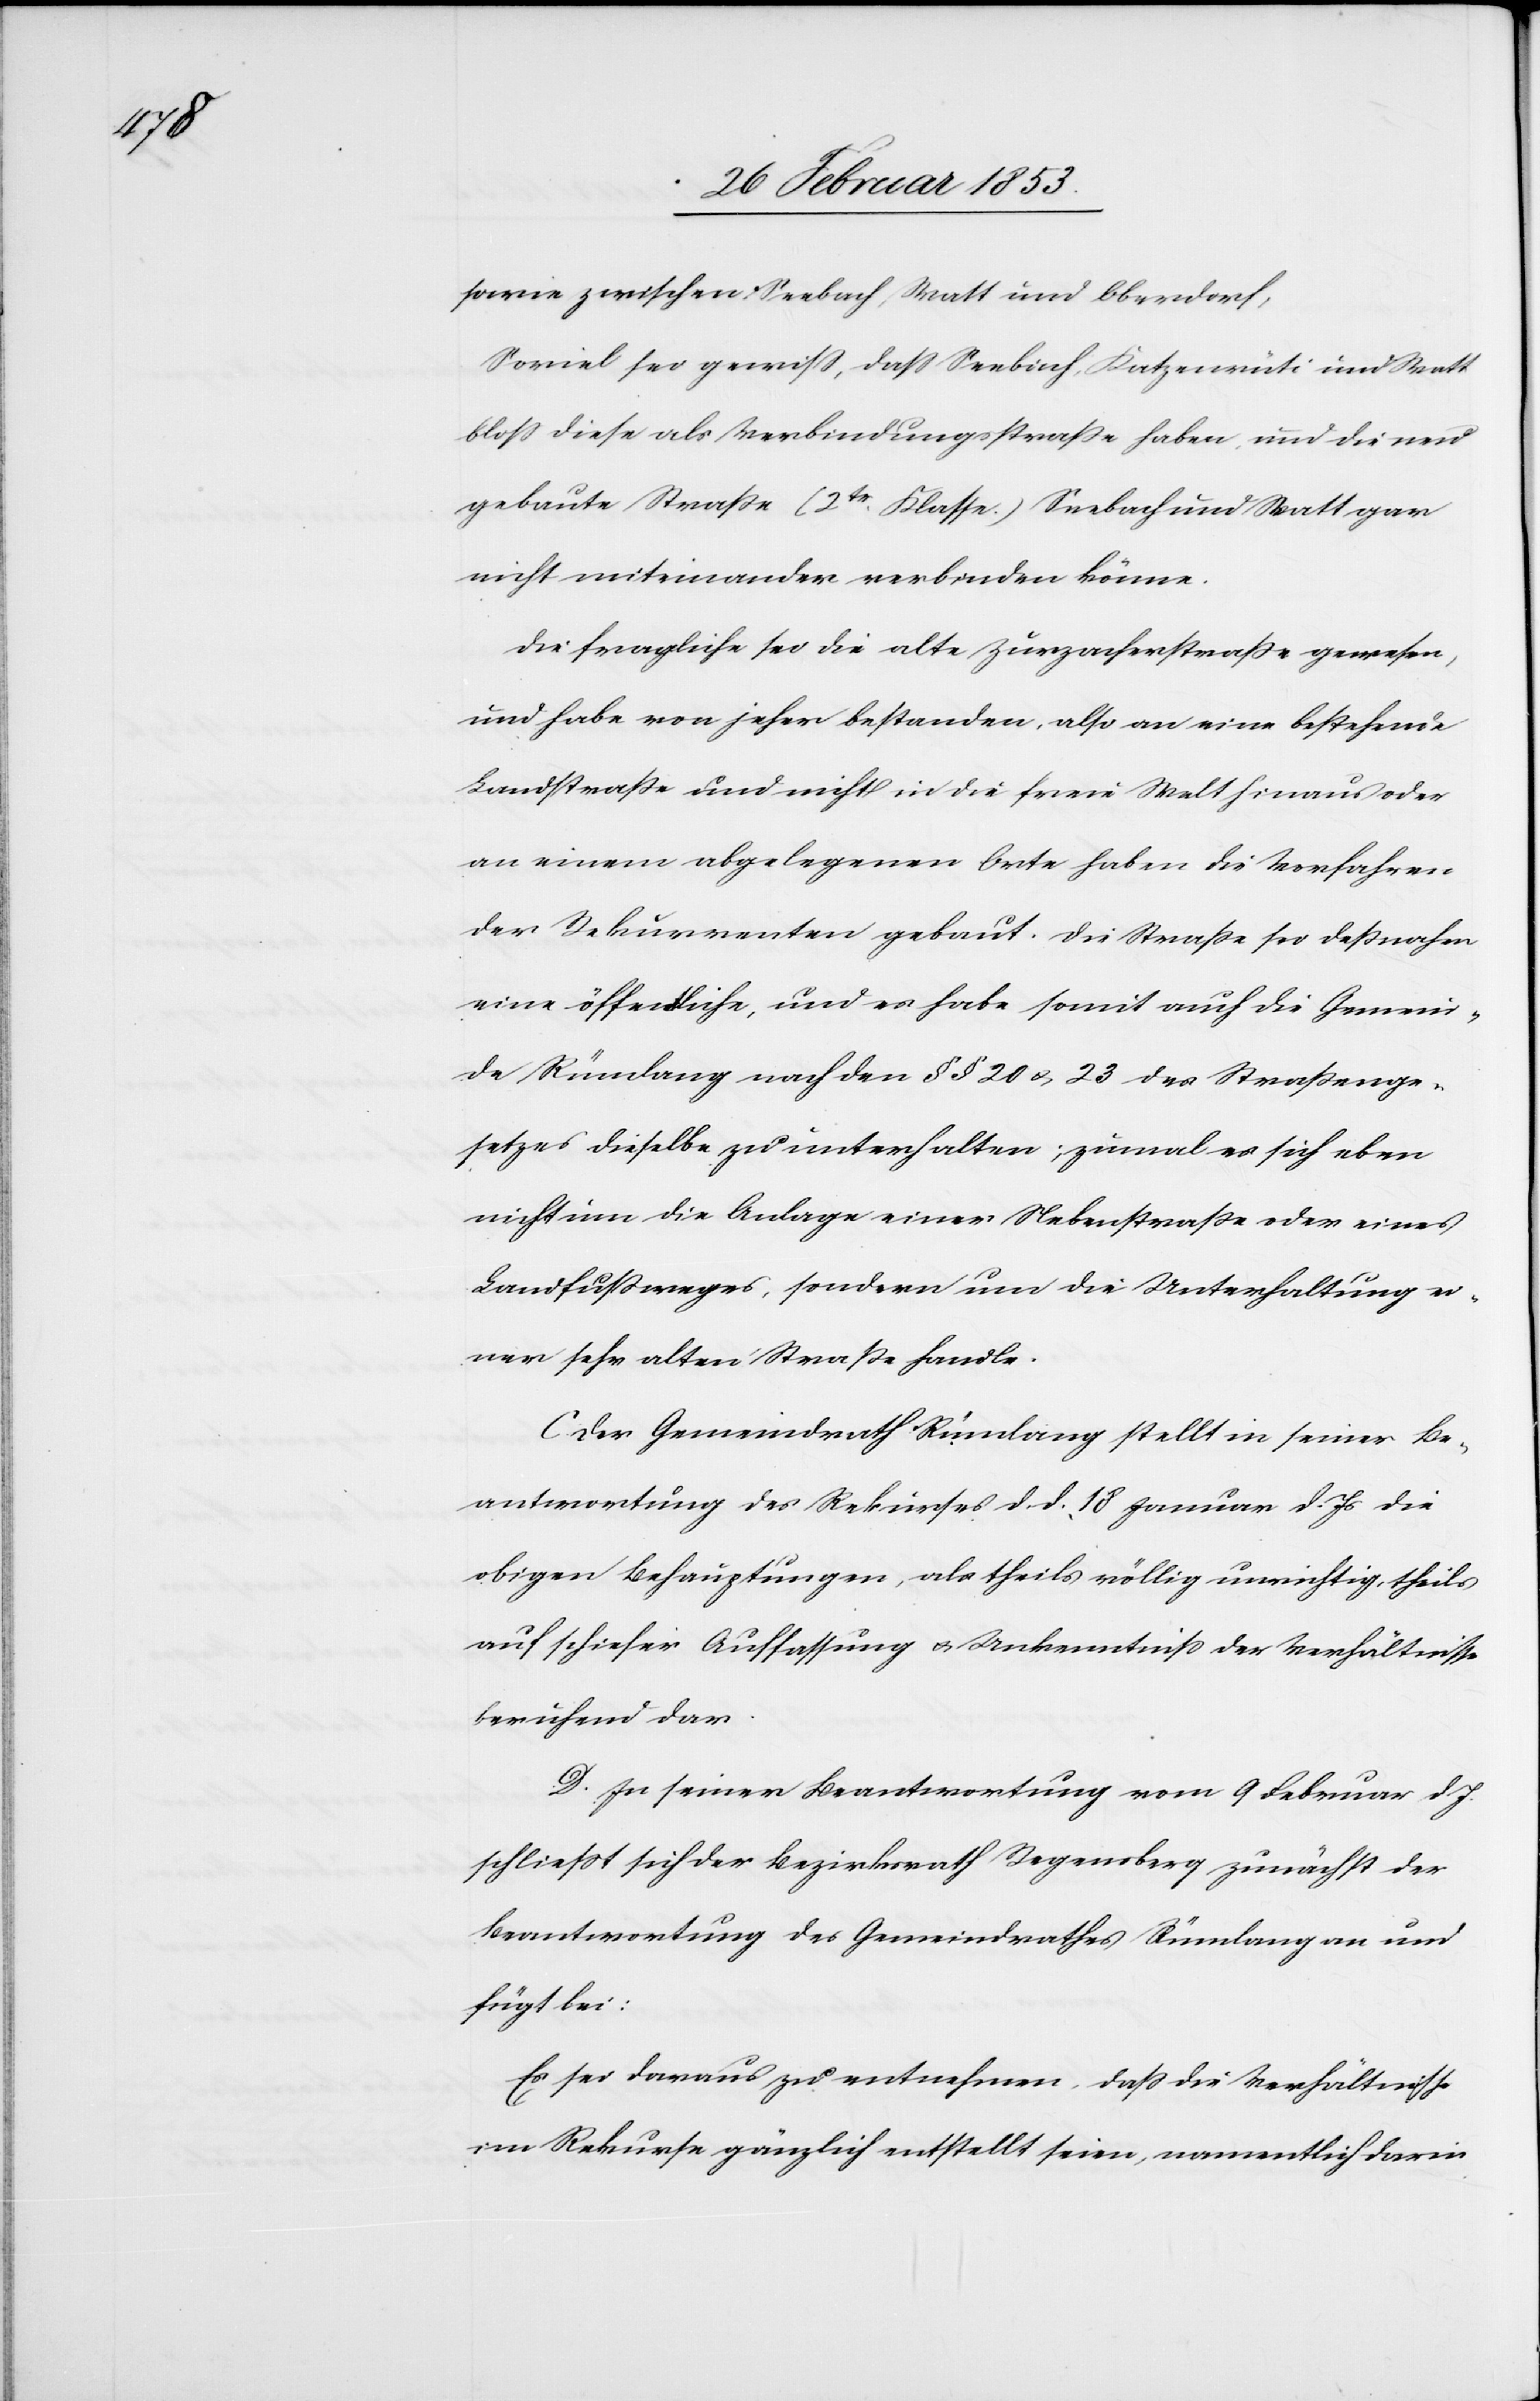
sowie zwischen Seebach, Watt und Oberdorf,
Soviel sei gewiß, daß Seebach, Katzenrüti und Watt
bloß diese als Verbindungsstraße haben, und die neu
gebaute Straße (2tr. Klasse) Seebach und Watt gar
nicht miteinander verbinden könne.
Die fragliche sei die alte Zurzacherstraße gewesen,
und habe von jeher bestanden, also an eine bestehende
Landstraße und nicht in die freie Welt hinaus oder
an einem abgelegenen Orte haben die Vorfahren
der Rekurrenten gebaut. Die Straße sei deßnahen
eine öffentliche, und es habe somit auch die Gemein¬
de Rümlang nach den §§ 20 u. 23 des Straßenge¬
setzes dieselbe zu unterhalten; zumal es sich aber
nicht um die Anlage einer Nebenstraße oder eines
Landfußweges, sondern um die Unterhaltung ei¬
ner sehr alten Straße handle.
Der Gemeindrath Rümlang stellt in seiner Be¬
antwortung des Rekurses d. d. 18 Januar d. Js. die
obigen Behauptungen, als theils völlig unrichtig, theils
auf schiefer Auffassung u. Unkenntniß der Verhältniße
beruhend dar.
In seiner Beantwortung vom 9 Februar d. J.
schließt sich der Bezirksrath Regensberg zunächst der
Beantwortung des Gemeindrathes Rümlang an und
fügt bei:
Es sei daraus zu entnehmen, daß die Verhältnisse
im Rekurse gänzlich entstellt seien, namentlich darin